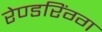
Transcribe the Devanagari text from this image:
रेण्डरिंग्ग